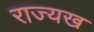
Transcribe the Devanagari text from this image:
राज्यख